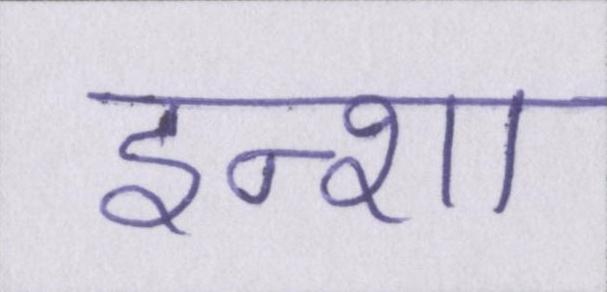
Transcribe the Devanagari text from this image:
इन्शा